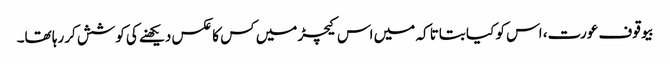
بیوقوف عورت، اس کو کیا بتاتا کہ میں اس کیچڑ میں کس کا عکس دیکھنے کی کوشش کررہا تھا۔